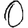
Digit: 0